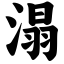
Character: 溻